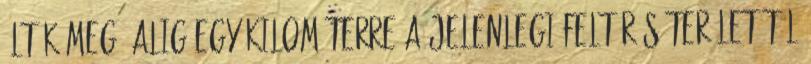
ölték meg. Alig egy kilométerre a jelenlegi feltárás területétől